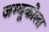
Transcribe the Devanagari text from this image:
जम्बूकोला